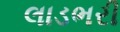
લાડભરી